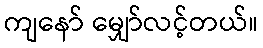
ကျနော် မျှော်လင့်တယ်။